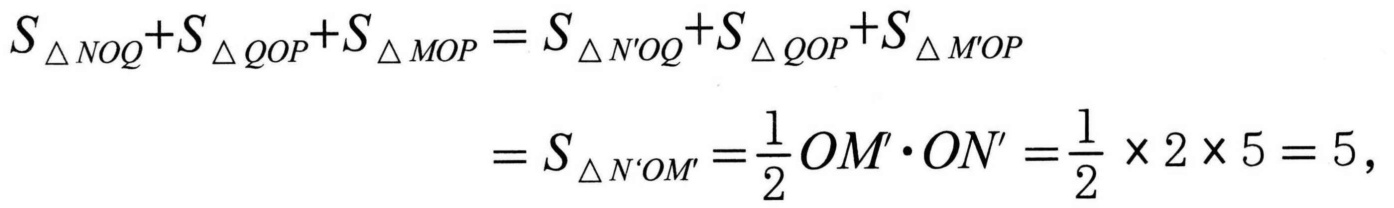
\[\begin{align*}
S_{\triangle NOQ}+S_{\triangle QOP}+S_{\triangle MOP}&=S_{\triangle N'OQ}+S_{\triangle QOP}+S_{\triangle M'OP}\\
&=S_{\triangle N'OM'}=\frac{1}{2}OM'\cdot ON'=\frac{1}{2}\times2\times5 = 5,
\end{align*}\]